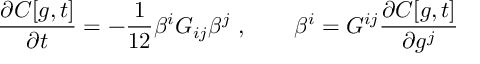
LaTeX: \frac { \partial C [ g , t ] } { \partial t } = - \frac { 1 } { 1 2 } \beta ^ { i } { \cal G } _ { i j } \beta ^ { j } ~ , \qquad \beta ^ { i } = { \cal G } ^ { i j } \frac { \partial C [ g , t ] } { \partial g ^ { j } }